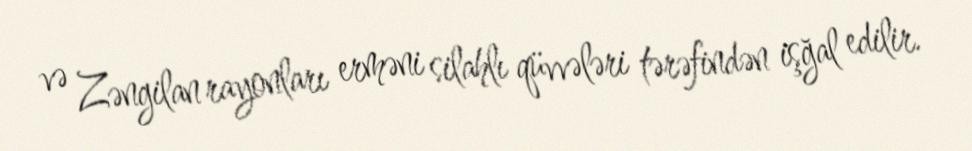
və Zəngilan rayonları erməni silahlı qüvvələri tərəfindən işğal edilir.